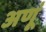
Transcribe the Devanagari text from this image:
अणूं